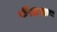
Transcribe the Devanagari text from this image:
वेशक